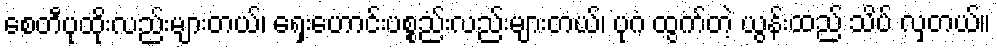
စေတီပုထိုးလည်းများတယ်၊ ရှေးဟောင်းပစ္စည်းလည်းများတယ်၊ ပုဂံ ထွက်တဲ့ ယွန်းထည် သိပ် လှတယ်။